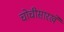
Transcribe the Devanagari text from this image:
चोचीसारखे